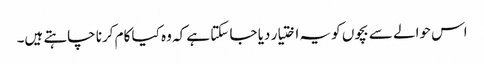
اس حوالے سے بچوں کو یہ اختیار دیا جا سکتا ہے کہ وہ کیا کام کرنا چاہتے ہیں۔